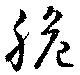
脆